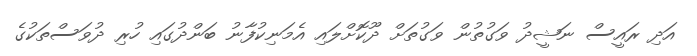
އަދި ރައީސް ނަޝީދު ވަގުތުން ވަގުތަށް ދޫކޮށްލައި އެމަނިކުފާނު ބަންދުގައި ހުރި ދުވަސްތަކުގެ